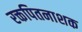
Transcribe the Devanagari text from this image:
रक्तपितनाशक